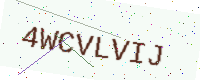
Text: 4WCVLVIJ